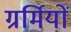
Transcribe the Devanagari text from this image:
ग्रर्मियों